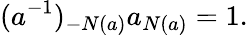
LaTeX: (a^{-1})_{-N(a)}a_{N(a)}=1.